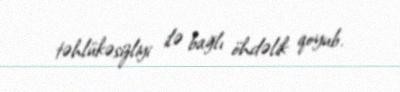
təhlükəsizliyi ilə bağlı öhdəlik qoyub.